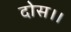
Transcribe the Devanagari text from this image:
दोस।।